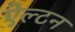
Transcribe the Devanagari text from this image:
ऐल्टन